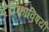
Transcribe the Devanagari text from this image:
देवकाविषयी